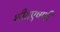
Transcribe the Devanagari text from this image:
शीतएषणी